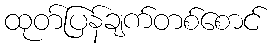
ထုတ်ပြန်ချက်တစ်စောင်